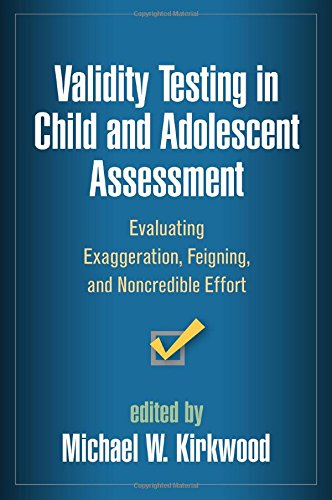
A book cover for Validity Testing in Child and Adolescent Assessment: Evaluating Exaggeration, Feigning, and Noncredible Effort (Evidence-Based Practice in Neuropsychology); Health, Fitness & Dieting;